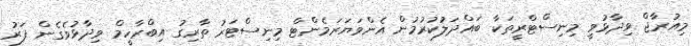
މިއުރާޖް ވިދާޅުވީ މިނިސްޓްރީތަކާ ބައްދަލުކުރުމުން އެންވަޔަރަމެންޓް މިނިސްޓަރު ތާރިގު އިބްރާހީމް ވިދާޅުވެގެން ފަރު